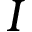
I